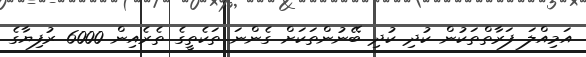
އަމިއްލަ ފަރާތްތަކުން ކުދި ކުދި ބޭނުންތަކަށް ގެންނަ ތަކެތީގެ ތެރެއިން 6000 ރުފިޔާގެ